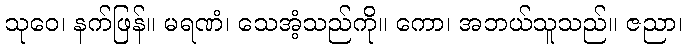
သုဝေ၊ နက်ဖြန်။ မရဏံ၊ သေအံ့သည်ကို။ ကော၊ အဘယ်သူသည်။ ဇညာ၊